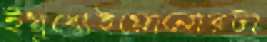
ইয়ুধোইয়োনোরটা